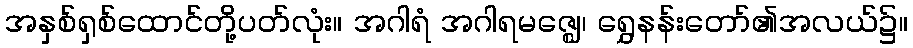
အနှစ်ရှစ်ထောင်တို့ပတ်လုံး။ အဂါရံ အဂါရမဇ္ဈေ၊ ရွှေနန်းတော်၏အလယ်၌။